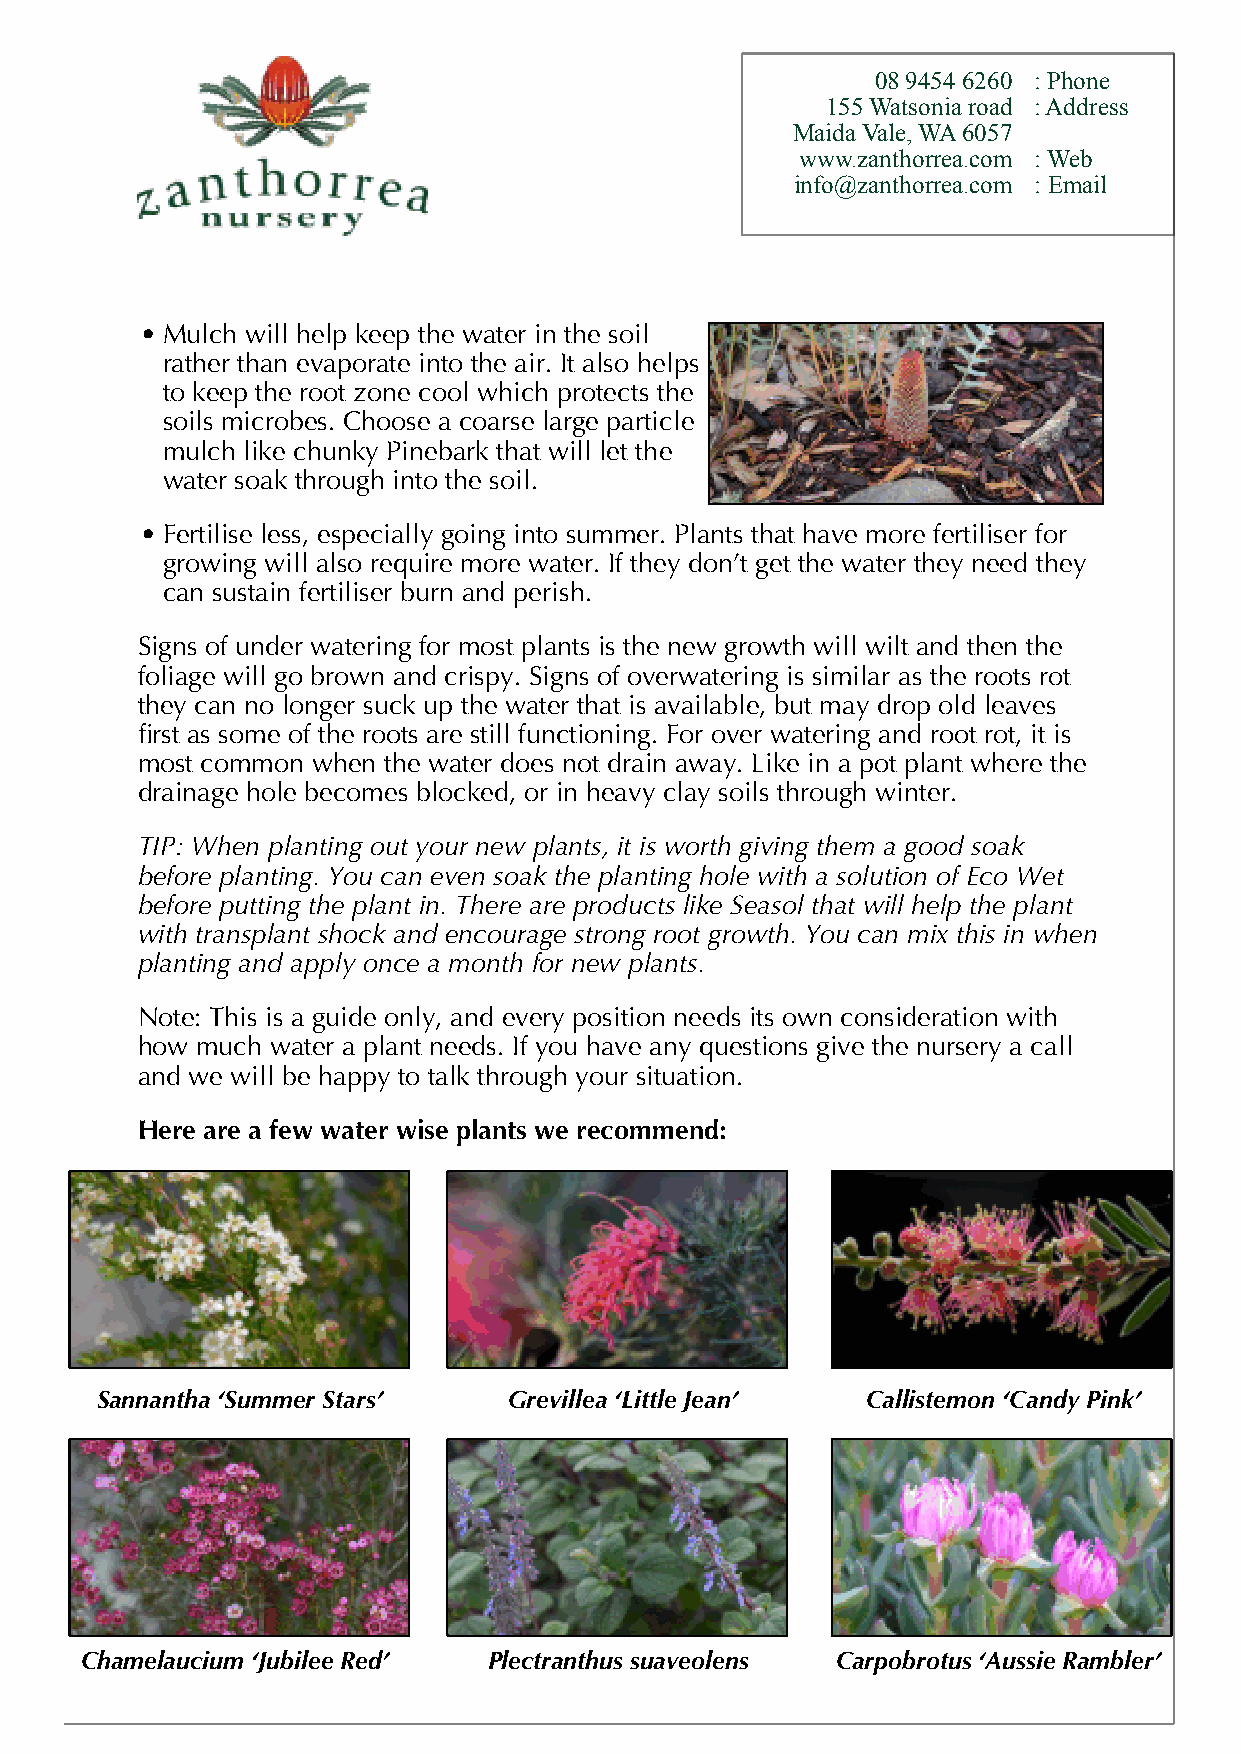
0894546260 :Phone
 155Watsoniaroad :Address
 MaidaVale,WA6057
 www.zanthorrea.com :Web
 info@zanthorrea.com :Email
 • Mulch will help keep the water in the soil
 rather than evaporate into the air. It also helps
 to keep the root zone cool which protects the
 soils microbes. Choose a coarse large particle
 mulch like chunky Pinebark that will let the
 water soak through into the soil.
 • Fertilise less, especially going into summer. Plants that have more fertiliser for
 growing will also require more water. If they don’t get the water they need they
 can sustain fertiliser burn and perish.
 Signs of under watering for most plants is the new growth will wilt and then the
 foliage will go brown and crispy. Signs of overwatering is similar as the roots rot
 they can no longer suck up the water that is available, but may drop old leaves
 first as some of the roots are still functioning. For over watering and root rot, it is
 most common when the water does not drain away. Like in a pot plant where the
 drainage hole becomes blocked, or in heavy clay soils through winter.
 TIP: When planting out your new plants, it is worth giving them a good soak
 before planting. You can even soak the planting hole with a solution of Eco Wet
 before putting the plant in. There are products like Seasol that will help the plant
 with transplant shock and encourage strong root growth. You can mix this in when
 planting and apply once a month for new plants.
 Note: This is a guide only, and every position needs its own consideration with
 how much water a plant needs. If you have any questions give the nursery a call
 and we will be happy to talk through your situation.
 Here are a few water wise plants we recommend:
 Sannantha ‘Summer Stars’    Grevillea ‘Little Jean’ Callistemon ‘Candy Pink’
 Chamelaucium ‘Jubilee Red’ Plectranthus suaveolens Carpobrotus ‘Aussie Rambler’